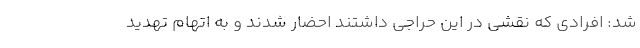
شد: افرادی که نقشی در این حراجی داشتند احضار شدند و به اتهام تهدید